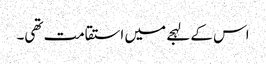
اس کے لہجے میں استقامت تھی۔